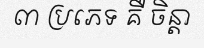
៣ ប្រភេទ គឺ ចិន្តា